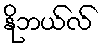
နိုဘယ်လ်